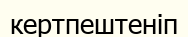
кертпештеніп